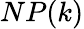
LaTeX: NP(k)